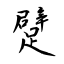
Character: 躄